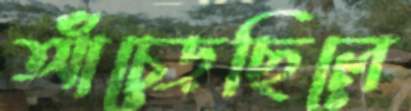
আঁচ্‌ড়েছিলে